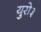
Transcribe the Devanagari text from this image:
युरो३